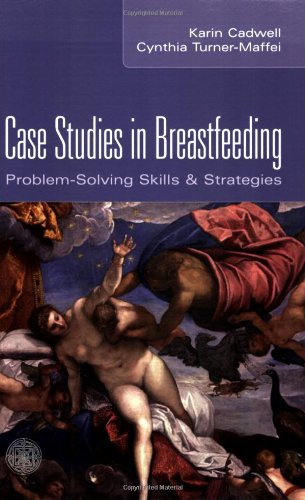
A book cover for Case Studies in Breastfeeding:  Problem-Solving Skills and Strategies; Karin Cadwell; Medical Books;